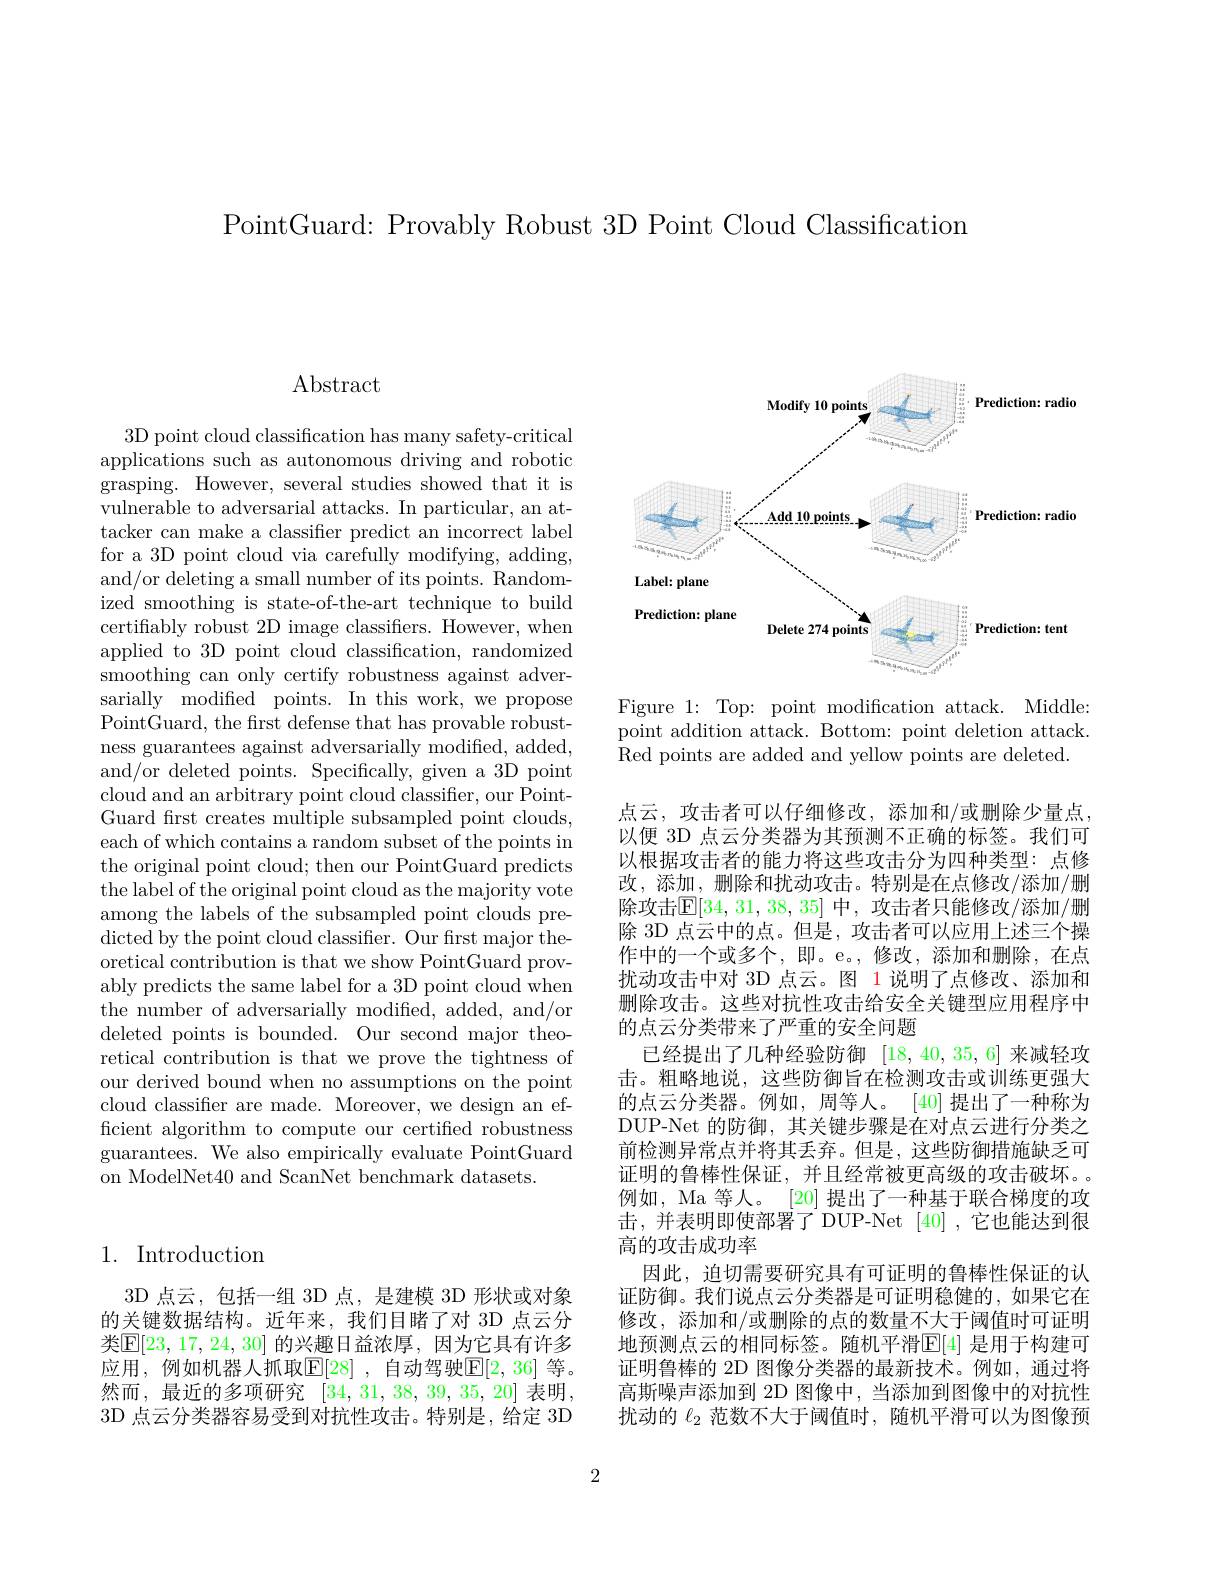
PointGuard: Provably Robust 3D Point Cloud Classification

# $\operatorname{Abstract}$

3D point cloud classification has many safety-critical applications such as autonomous driving and robotic grasping. However, several studies showed that it is vulnerable to adversarial attacks. In particular, an attacker can make a classifier predict an incorrect label for a 3D point cloud via carefully modifying, adding, and/or deleting a small number of its points. Randomized smoothing is state-of-the-art technique to build certifiably robust 2D image classifiers. However, when applied to 3D point cloud classification, randomized smoothing can only certify robustness against adversarially modified points. In this work, we propose PointGuard, the first defense that has provable robustness guarantees against adversarially modified, added, and/or deleted points. Specifically, given a 3D point cloud and an arbitrary point cloud classifier, our PointGuard frst creates multiple subsampled point clouds, each of which contains a random subset of the points in the original point cloud; then our PointGuard predicts the label of the original point cloud as the majority vote among the labels of the subsampled point clouds predicted by the point cloud classifier. Our first major theoretical contribution is that we show PointGuard provably predicts the same label for a 3D point cloud when the number of adversarially modified, added, and/or deleted points is bounded. Our second major theoretical contribution is that we prove the tightness of our derived bound when no assumptions on the point cloud classifer are made. Moreover, we design an efficient algorithm to compute our certified robustness guarantees. We also empirically evaluate PointGuard on ModelNet40 and ScanNet benchmark datasets.

## 1. Introduction

3D 点云，包括一组 3D 点，是建模 3D 形状或对象的关键数据结构。近年来，我们目睹了对 3D 点云分类$\mathbb{E}[23,17,24,30]$ 的兴趣日益浓厚，因为它具有许多应用，例如机器人抓取$\mathbb{E}[28]$ ,自动驾驶$\mathbb{E}[2,36]$ 等。然而，最近的多项研究[34,31,38,39,35,20]表明， 3D 点云分类器容易受到对抗性攻击。特别是，给定 3D

<FigureHere>

Figure 1: Top: point modification attack. Middle: point addition attack. Bottom: point deletion attack. Red points are added and yellow points are deleted.

点云，攻击者可以仔细修改，添加和/或删除少量点， 以便 3D 点云分类器为其预测不正确的标签。我们可以根据攻击者的能力将这些攻击分为四种类型：点修改，添加，删除和扰动攻击。特别是在点修改/添加/删除攻击$\mathbb{E}[34,31,38,35]$ 中，攻击者只能修改/添加/删除 3D 点云中的点。但是，攻击者可以应用上述三个操作中的一个或多个，即。e。,修改，添加和删除，在点扰动攻击中对 3D 点云。图 1 说明了点修改、添加和删除攻击。这些对抗性攻击给安全关键型应用程序中的点云分类带来了严重的安全问题
已经提出了几种经验防御[18,40,35,6]来减轻攻击。粗略地说，这些防御旨在检测攻击或训练更强大的点云分类器。例如，周等人。[40]提出了一种称为DUP-Net 的防御，其关键步骤是在对点云进行分类之前检测异常点并将其丢弃。但是，这些防御措施缺乏可证明的鲁棒性保证，并且经常被更高级的攻击破坏。例如，Ma 等人。[20] 提出了一种基于联合梯度的攻击，并表明即使部署了DUP-Net[40],它也能达到很高的攻击成功率
因此，迫切需要研究具有可证明的鲁棒性保证的认证防御。我们说点云分类器是可证明稳健的，如果它在修改，添加和/或删除的点的数量不大于阈值时可证明地预测点云的相同标签。随机平滑$\mathbb{E}[4]$ 是用于构建可证明鲁棒的 2D 图像分类器的最新技术。例如，通过将高斯噪声添加到 2D 图像中，当添加到图像中的对抗性扰动的$\ell_{2}$范数不大于阈值时，随机平滑可以为图像预

2